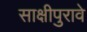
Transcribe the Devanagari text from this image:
साक्षीपुरावे